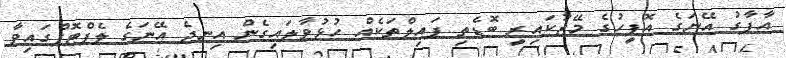
އާފާގު އޭނަގެ އޮފީހުގެ މޭޒުކައިރީ ބޮޑެތި ފައިލްތަކެއް ހުޅުވާލައިގެން އިނދެ އޭނަގެ ލެޕްޓޮޕްގައިވާ